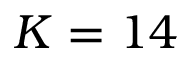
K = 1 4